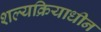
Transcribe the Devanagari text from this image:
शल्यक्रियाधीन